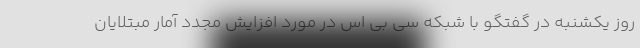
روز یکشنبه در گفتگو با شبکه سی بی اس در مورد افزایش مجدد آمار مبتلایان